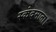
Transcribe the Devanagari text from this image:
स्कंदमाता।